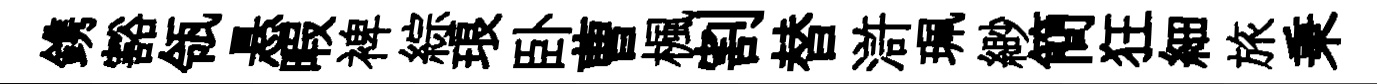
鎸豁瓴悬暇裨綜琅卧曹楓割替滸珮緲簡狂細旅秉